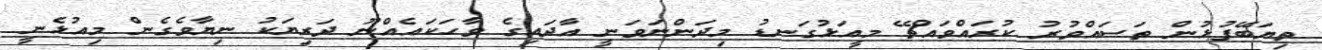
ތިޔަބޭފުޅުން ތަސައްވުރު ކުރައްވައްޗޭ މީއަޅުގަނޑު މިދަންނަވަނީ އާދައިގެ ވާހަކައެއްނޫ ދަރިޔަކު ނިޔާވެގެން މިއުޅެނީ